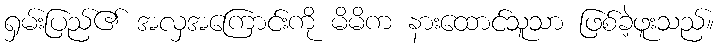
ရှမ်းပြည်၏ အလှအကြောင်းကို မိမိက နားထောင်သူသာ ဖြစ်ခဲ့ဖူးသည်။